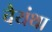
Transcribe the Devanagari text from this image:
वैयंथा